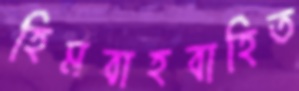
হিমবাহবাহিত